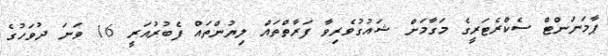
ޕާމަނަންޓް ސެކްރެޓަރީގެ މަގާމަށް ޝައުގުވެރިވާ ފަރާތްތައް ލިޔުންތައް ފެބުރުއަރީ 16 ވަނަ ދުވަހުގެ